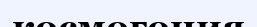
космогония